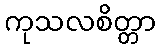
ကုသလစိတ္တာ